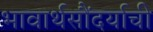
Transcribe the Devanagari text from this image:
भावार्थसौंदर्याची